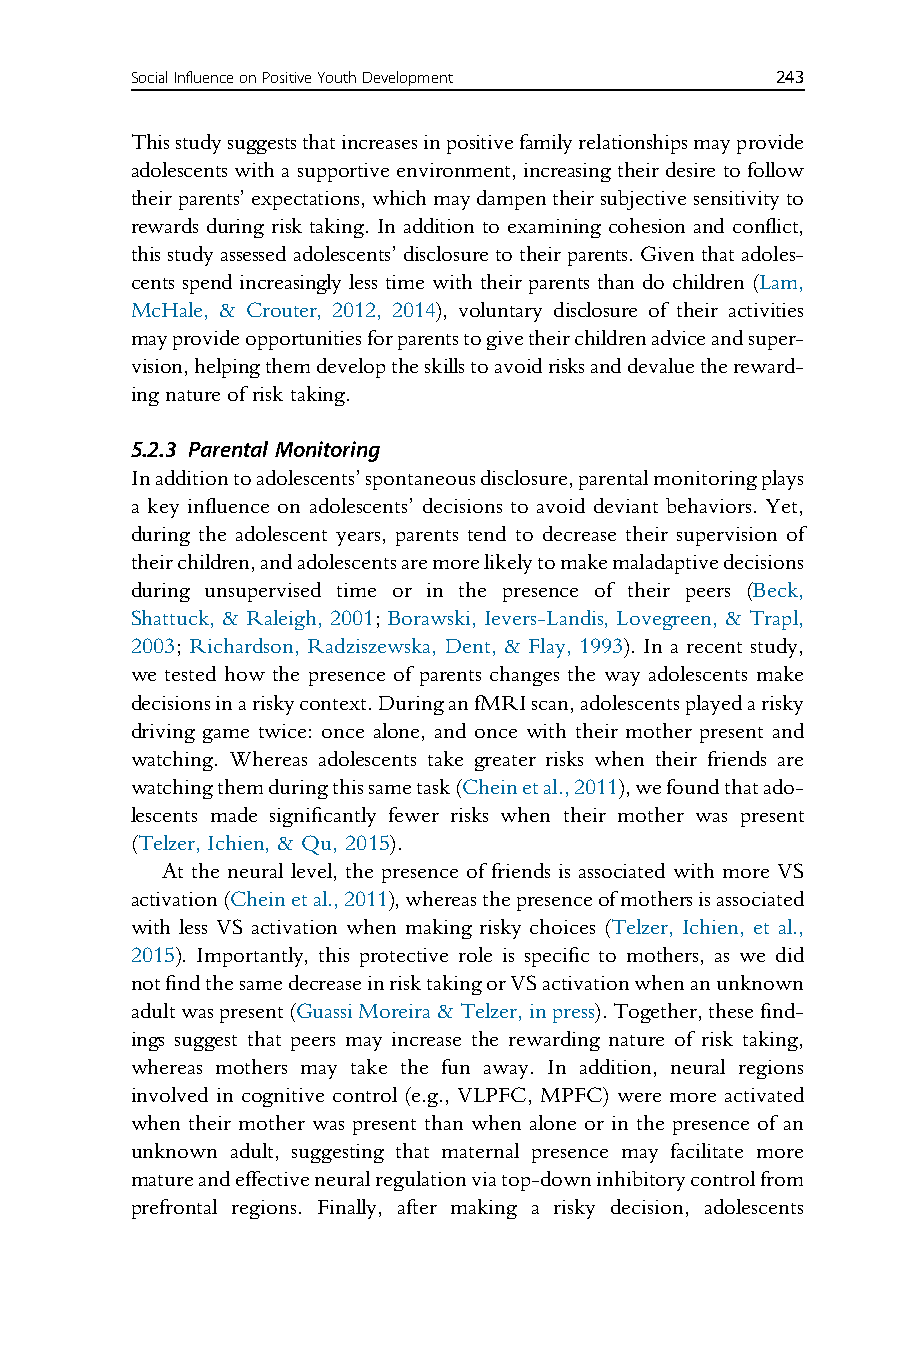
SocialInfluenceonPositiveYouthDevelopment 243
 Thisstudysuggeststhatincreasesinpositivefamilyrelationshipsmayprovide
 adolescents with a supportive environment, increasing their desire to follow
 theirparents’expectations,whichmaydampentheirsubjectivesensitivityto
 rewards during risk taking. In addition to examining cohesion and conflict,
 this studyassessedadolescents’disclosure totheirparents.Given thatadoles-
 cents spend increasingly less time with their parents than do children (Lam,
 McHale, & Crouter, 2012, 2014), voluntary disclosure of their activities
 mayprovideopportunitiesforparentstogivetheirchildrenadviceandsuper-
 vision,helpingthemdeveloptheskillstoavoidrisksanddevaluethereward-
 ing nature of risk taking.
 5.2.3 Parental Monitoring
 Inadditiontoadolescents’spontaneousdisclosure,parentalmonitoringplays
 a key influence on adolescents’ decisions to avoid deviant behaviors. Yet,
 during the adolescent years, parents tend to decrease their supervision of
 theirchildren,andadolescentsaremorelikelytomakemaladaptivedecisions
 during unsupervised time or in the presence of their peers (Beck,
 Shattuck, & Raleigh, 2001; Borawski, Ievers-Landis, Lovegreen, & Trapl,
 2003; Richardson, Radziszewska, Dent, & Flay, 1993). In a recent study,
 we tested how the presence of parents changes the way adolescents make
 decisionsinariskycontext.DuringanfMRIscan,adolescentsplayedarisky
 driving game twice: once alone, and once with their mother present and
 watching. Whereas adolescents take greater risks when their friends are
 watchingthemduringthissametask(Cheinetal.,2011),wefoundthatado-
 lescents made significantly fewer risks when their mother was present
 (Telzer, Ichien, & Qu, 2015).
 At the neural level, the presence of friends is associated with more VS
 activation(Cheinetal.,2011),whereasthepresenceofmothersisassociated
 with less VS activation when making risky choices (Telzer, Ichien, et al.,
 2015). Importantly, this protective role is specific to mothers, as we did
 notfindthesamedecreaseinrisktakingorVSactivationwhenanunknown
 adultwaspresent(GuassiMoreira&Telzer,inpress).Together,thesefind-
 ings suggest that peers may increase the rewarding nature of risk taking,
 whereas mothers may take the fun away. In addition, neural regions
 involved in cognitive control (e.g., VLPFC, MPFC) were more activated
 when their mother was present than when alone or in the presence of an
 unknown adult, suggesting that maternal presence may facilitate more
 matureandeffectiveneuralregulationviatop-downinhibitorycontrolfrom
 prefrontal regions. Finally, after making a risky decision, adolescents